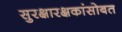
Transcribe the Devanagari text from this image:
सुरक्षारक्षकांसोबत